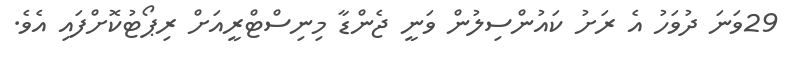
29ވަނަ ދުވަހު އެ ރަށު ކައުންސިލުން ވަނީ ޖެންޑާ މިނިސްޓްރީއަށް ރިޕޯޓުކޮށްފައި އެވެ.